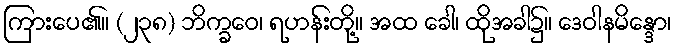
ကြားပေ၏။ (၂၃၈) ဘိက္ခဝေ၊ ရဟန်းတို့။ အထ ခေါ၊ ထိုအခါ၌။ ဒေဝါနမိန္ဒော၊